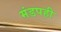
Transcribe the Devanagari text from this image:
मंडपही